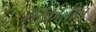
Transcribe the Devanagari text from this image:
सरकीतील